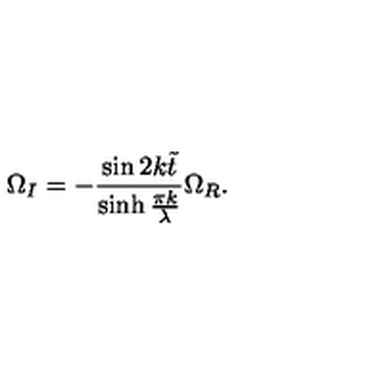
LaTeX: \Omega _ { I } = - \frac { \sin 2 k \tilde { t } } { \sinh \frac { \pi k } { \lambda } } \Omega _ { R } .